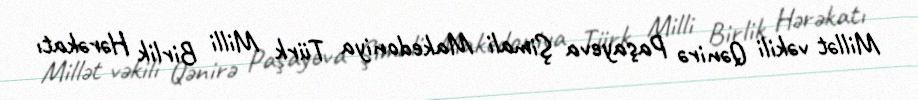
Millət vəkili Qənirə Paşayeva Şimali Makedoniya Türk Milli Birlik Hərəkatı